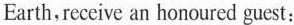
Earth, receive an honoured guest: